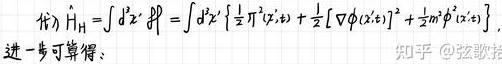
$H_{H}=\int d^{3}x \ \mathcal{H}=\int d^{3}x\left\{\frac{1}{2} \dot{\pi}^{2}(\vec{x}, t)+\frac{1}{2}[\nabla \phi(\vec{x}, t)]^{2}+\frac{1}{2} m^{2} \phi^{2}(\vec{x}, t)\right\}$
进一步可算得: